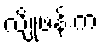
လျိုဖန်းက